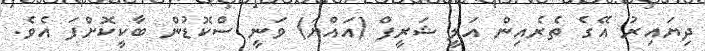
ދިޔައިރު އޭގެ ތެރެއިން އަލީ ޝަރީފް (އައްޔަ) ވަނީ ސްކޮޑުން ބާކީކޮށްފަ އެވެ.